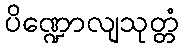
ပိဏ္ဍောလျသုတ္တံ